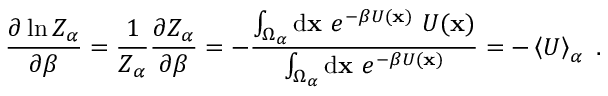
\frac { \partial \ln Z _ { \alpha } } { \partial \beta } = \frac { 1 } { Z _ { \alpha } } \frac { \partial Z _ { \alpha } } { \partial \beta } = - \frac { \int _ { \Omega _ { \alpha } } \ensuremath { \mathrm { d } } \ensuremath { \mathbf { x } } \ e ^ { - \beta U ( \ensuremath { \mathbf { x } } ) } \ U ( \ensuremath { \mathbf { x } } ) } { \int _ { \Omega _ { \alpha } } \ensuremath { \mathrm { d } } \ensuremath { \mathbf { x } } \ e ^ { - \beta U ( \ensuremath { \mathbf { x } } ) } } = - \left< U \right> _ { \alpha } \ .